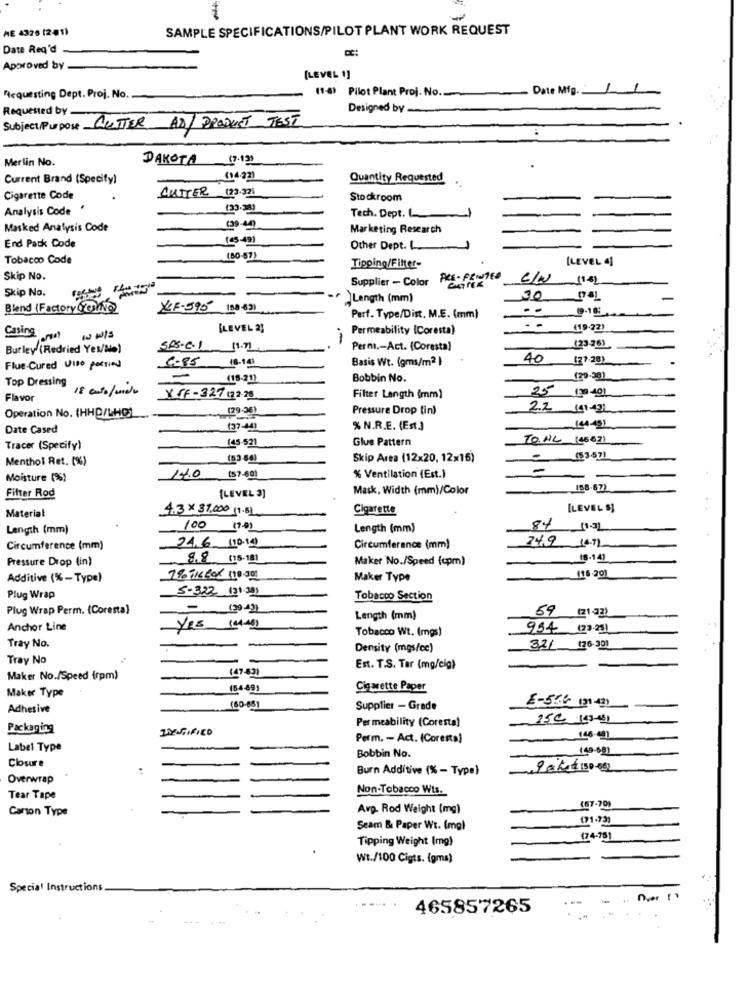
AE 4325 (241)
SAMPLE SPECIFICATIONS/PILOT PLANT WORK REQUEST
Date Req'd
Approved by
[LEVEL 1]
(1-6) Pilot Plant Proj. No.
Date Mig.
Requesting Dept. Proj. No.
Requested by-
Designed by -
Subject/Purpose CUTTER AD/ PRODUCT TEST
Merlin No.
DAKOTA
(7-13)
.
Current Brand (Specify)
(14.22)
Quantity Requested
Cigarette Code
CUTTER (23.321
Stockroom
Analysis Code '
(33-o]
Tech. Dept. L
Masked Analysis Code
Marketing Research
(45-49)
End Pack Code
Other Dept ...
Tobacco Code
(80-87)
[LEVEL 4]
Tipping/Filter-
Skip No.
Supplier - Color PRE- PRINTED
(14)
Skip No.
Length (mm)
30
Blend (Factory Yes/No)
YLF-595 108 631
9-10:
Perf. Type/Dist. M.E. (mm)
[LEVEL 2]
Permeability (Coresta)
- -
(19-22)
Casing
wwIs
Burley (Redried Yes/Me)
SPS.C.1 19.71
Perm .- Act. (Coresta)
(2376)
6-85
18-19
Basis Wt. (gms/m2 }
40
(27-28)
Flue-Cured Viso partied
Top Dressing
(18-21)
Bobbin No.
(20.38)
18 auto / unde
25
139 -401
Flavor
X FF -327 (22-25
Filter Length (mm)
(79-36)
Pressure Drop (in)
22
141-431
Operation No. (HHD/LHO)
Date Cased
(37-40)
% N.R.E. (Est.)
(44-48)
145-521
Glue Pattern
TO.NL (4667)
Tracer (Specify)
Menthol Ret. (%)
(03-66)
Skip Area (12x20, 12x16)
(53.57)
-
Moisture (%)
14.0 ($7-60)
% Ventilation (Est.)
Mask, Width (mm)/Color
158.67)
Filter Rod
[LEVEL 3]
Material
4.3 ×37,000 19.8L
Cigarette
[LEVEL S]
Length (mm)
100 (7.0)
Length (mm)
84
Circumference (mm)
24.6 110.10
Circumferance (mm)
24.9 14.92
Pressure Drop (in)
9. 8 (15-181
Maker No./Speed (cpm)
18-141
Additive (%-Type)
7% TIC Box 110.30)
Maker Type
116-201
5-322 (31.20)
Plug Wrap
Tobacco Section
Plug Wrap Perm. (Coresta)
-
Length (mm)
59 (21.27)
Anchor Line
YES 144.401
Tobacco Wt. (mgs)
954 (23-25)
Tray No.
Density (mgs/cc)
321 126-301
Tray No
(47-83)
Est. T.S. Tar (mg/cig)
Maker No./Speed (rpm)
Maker Type
(64-89)
Cigarette Paper
E-554 (21-42)
Adhesive
(60-65)
Supplier - Grade
250 119-431
Packaging
MYSTIFIED
Permeability (Coresta)
Perm. - Act. (Coresta)
Label Type
(49-68)
Bobbin No.
Closure
Burn Additive (% - Type)
9 chet 150-661
Overwrap
Non-Tobacco Wts.
Tear Tape
(87-70)
Carton Type
Avp. Rod Weight (mg)
(1-93)
Seam & Paper Wt. (mg)
Tipping Weight (mg)
(74-78)
Wt./100 Cigts. (gms)
Special Instructions
.. Over !"
465857265